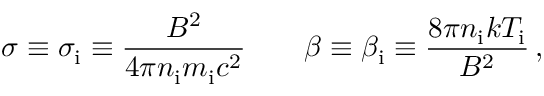
\sigma \equiv \sigma _ { \mathrm { i } } \equiv \frac { B ^ { 2 } } { 4 \pi n _ { \mathrm { i } } m _ { \mathrm { i } } c ^ { 2 } } \qquad \beta \equiv \beta _ { \mathrm { i } } \equiv \frac { 8 \pi n _ { \mathrm { i } } k T _ { \mathrm { i } } } { B ^ { 2 } } \, ,